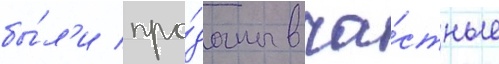
бы́л'и про́даны в ча́стные